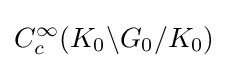
C_{c}^{\infty }(K_{0}\backslash G_{0}/K_{0})